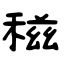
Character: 稵